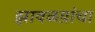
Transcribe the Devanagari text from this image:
झावळय़ांचा